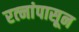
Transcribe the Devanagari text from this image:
रत्‍नांपासून